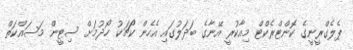
ޕެލެގްރީނީގެ ކޮންޓްރެކްޓް މިއާކުރީ އޭނާގެ ބަދަލުގައި އެހެން ކޯޗަކު ހޯދުމަށް ސިޓީން މަސައްކަތް